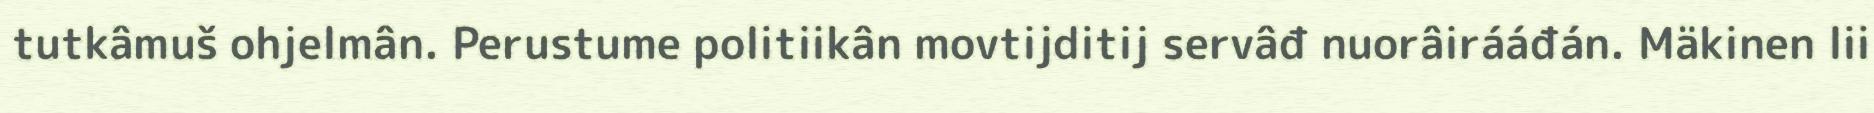
tutkâmuš ohjelmân. Perustume politiikân movtijditij servâđ nuorâirááđán. Mäkinen lii